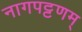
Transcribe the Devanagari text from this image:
नागपट्टणम्